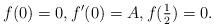
LaTeX: \begin{align*}f(0)=0,f'(0)=A, f(\tfrac 12)=0.\end{align*}